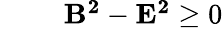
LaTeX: \begin{array}{rlr}{\mathrm{~}}&{{}}&{\mathbf{B^{2}}-\mathbf{E^{2}}\ge 0}\end{array}